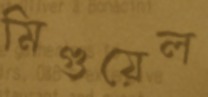
মিগুয়েল